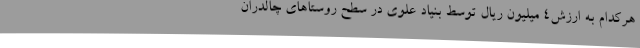
هرکدام به ارزش4 میلیون ریال توسط بنیاد علوی در سطح روستاهای چالدران